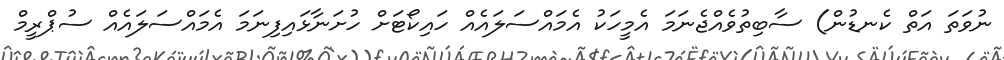
ނުވަތަ އަތް ކެނޑުން) ސާބިތުވެއްޖެނަމަ އެމީހަކު އެމައްސަލައެއް ހައިކޯޓަށް ހުށަނާޅައިފިނަމަ އެމައްސަލައެއް ސުޕްރީމް